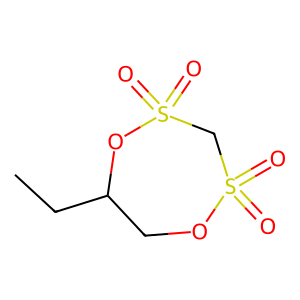
SMILES: CCC1COS(=O)(=O)CS(=O)(=O)O1
Inhibits HIV replication: No